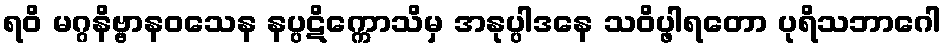
ရဝိ မဂ္ဂနိဗ္ဗာနဝသေန နပ္ပဋိက္ကောသိမှ အနုပ္ပါဒနေ သဝိပ္ဖါရတော ပုရိသဘာဂေါ